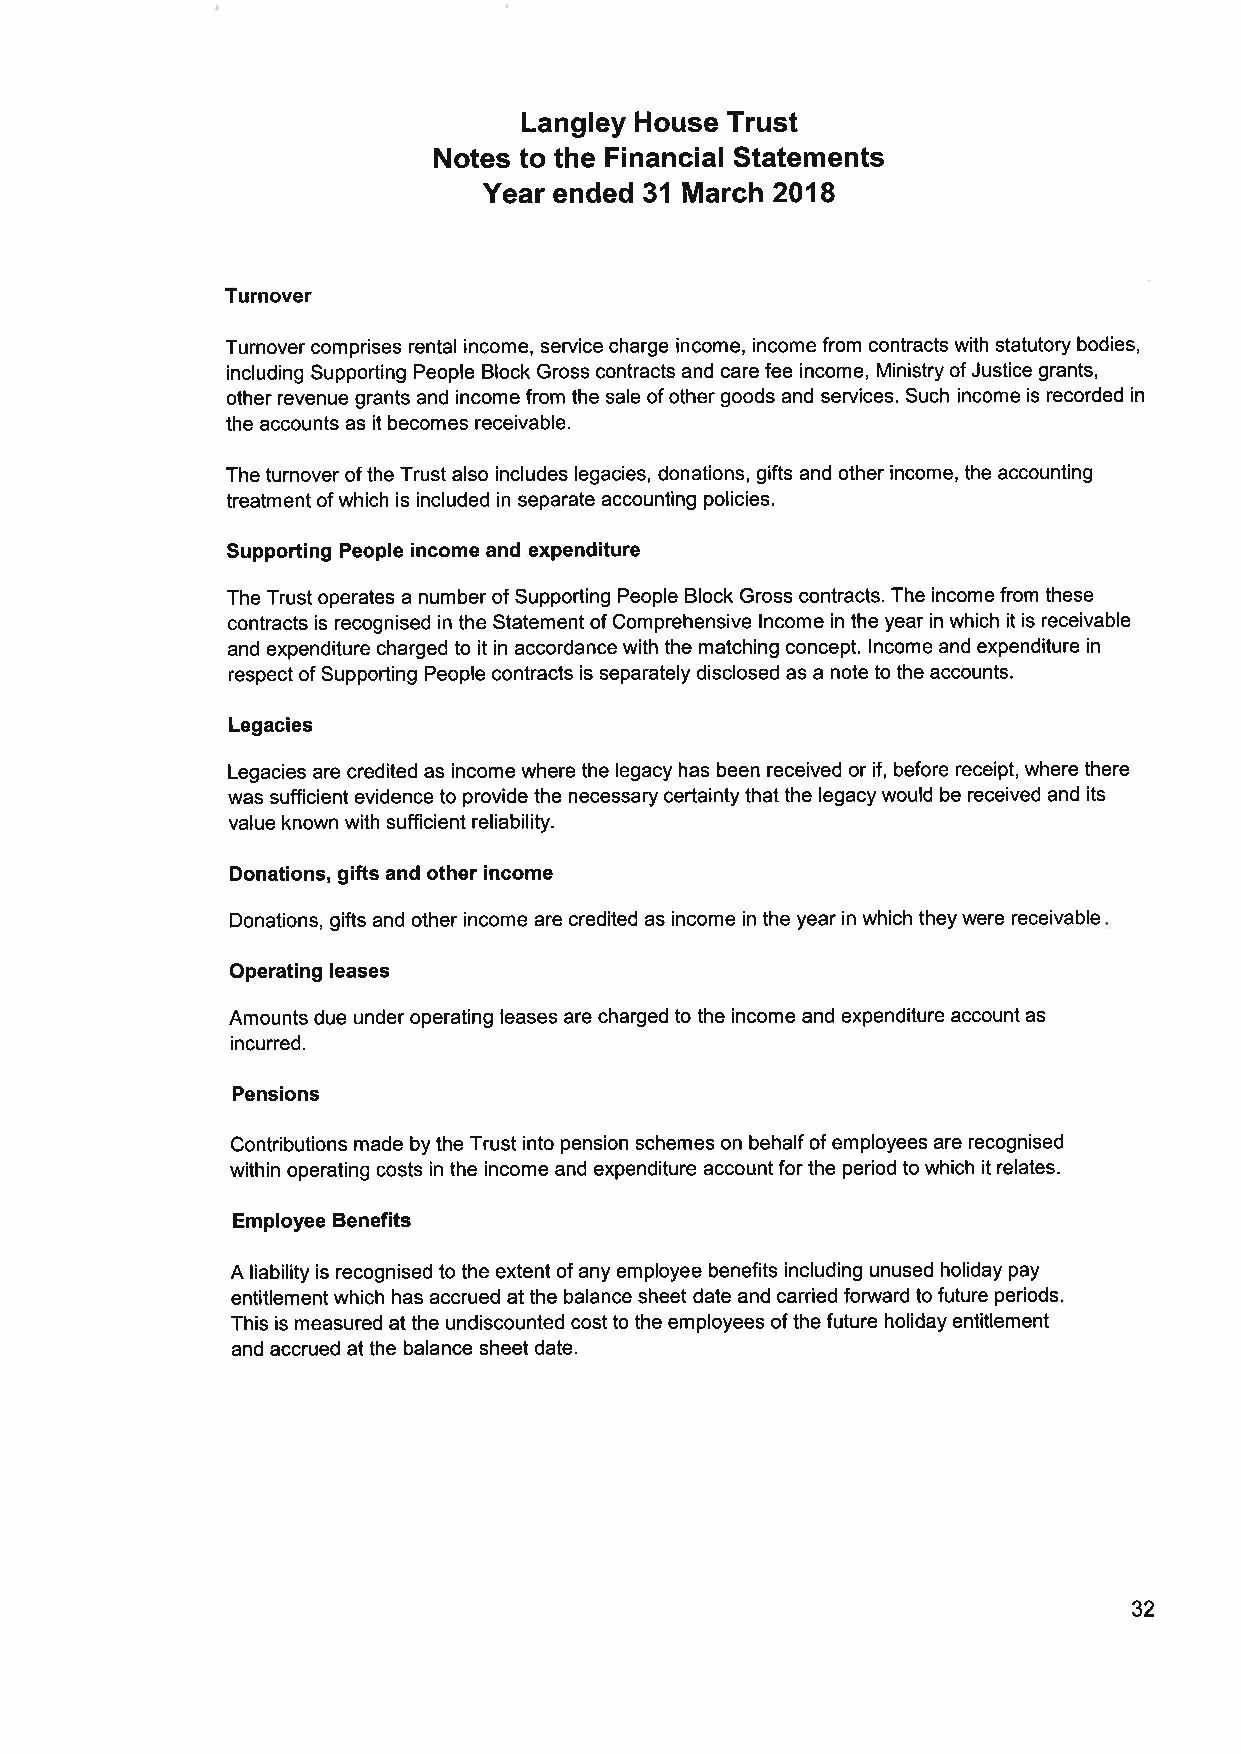
Langley House Trust
 Notes to the Financial Statements
 Year ended 31 March 2018
 Turnover
 Turnover comprises rental income, service charge .income, income from contracts with statutory bodies,
 including Supporting People Block Gross contracts and care fee income, Ministry of Justice grants,
 other revenue grants and income from the sale of other goods and services. Such income is recorded in
 the accounts as it becomes receivable.
 The turnover of the Trust also includes legacies, donations, gifts and other income, the accounting
 treatment of which is included in separate accounting policies.
 Supporting People income and expenditure
 The Trust operates a number of Supporting People Block Gross contracts. The income from these
 contracts is recognised in the Statement of Comprehensive lncome in the year in which it is receivable
 and expenditure charged to it in accordance with the matching concept. lncome and expenditure in
 respect of Supporting People contracts is separately disclosed as a note to the accounts.
 Legacies
 Legacies are credited as income where the legacy has been received or if, before receipt, where there
 was sufficient evidence to provide the necessary certainty that the legacy would be received and its
 value known with sufficient reliability.
 Donations, gifts and other income
 Donations, gifts and other income are credited as income in the year in which they were receivable
 Operating leases
 Amounts due under operating leases are charged to the income and expenditure account as
 incurred.
 Pensions
 Contributions made by the Trust into pension schemes on behalf of employees are recognised
 within operating costs in the income and expenditure account for the period to which it relates.
 Employee Benefits
 A liability is recognised to the extent of any employee benefits including unused holiday pay
 entitlement which has accrued at the balance sheet date and carried forward to future periods
 This is measured at the undiscounted cost to the employees of the future holiday entitlement
 and accrued at the balance sheet date.
 32